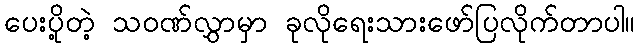
ပေးပို့တဲ့ သဝဏ်လွှာမှာ ခုလိုရေးသားဖော်ပြလိုက်တာပါ။